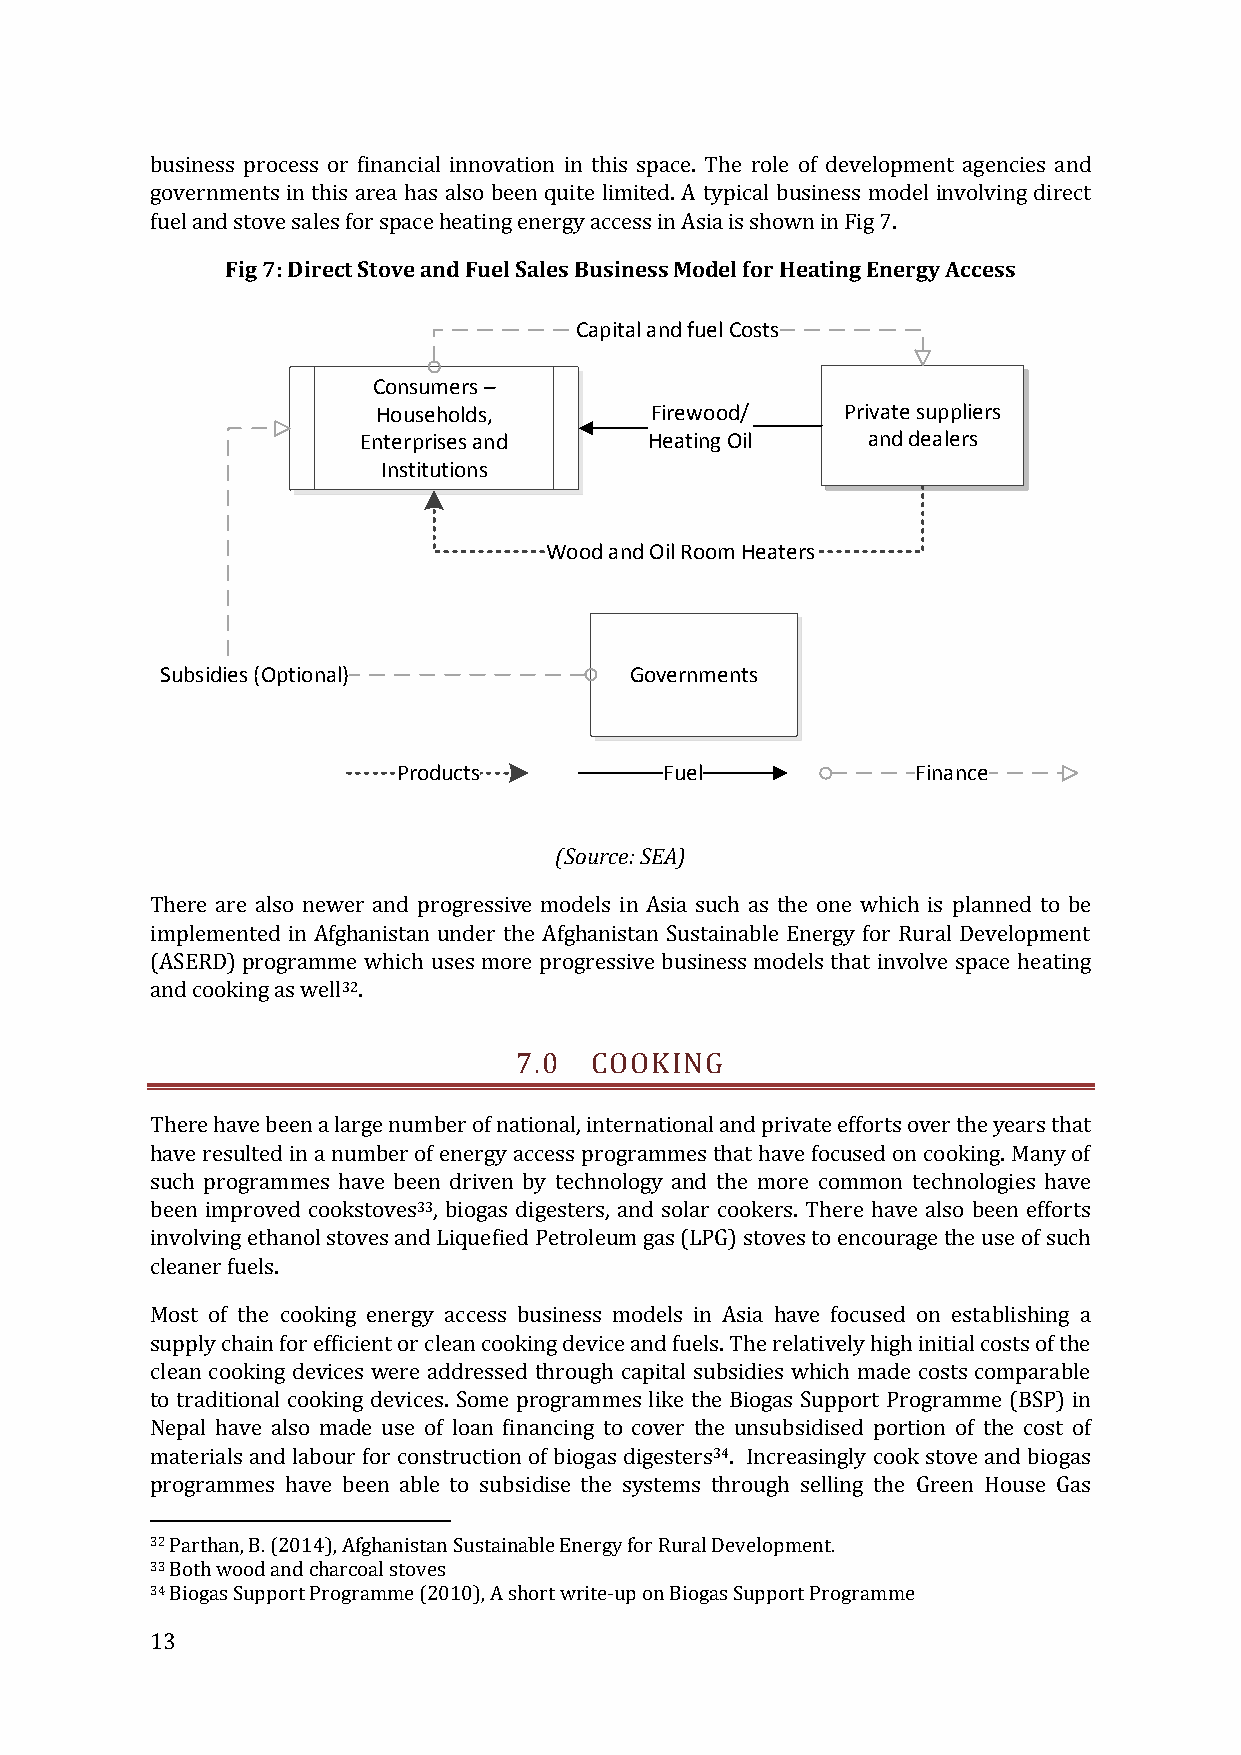
business process or financial innovation in this space. The role of development agencies and
 governments in this area has also been quite limited. A typical business model involving direct
 fuel and stove sales for space heating energy access in Asia is shown in Fig 7.
 Fig 7: Direct Stove and Fuel Sales Business Model for Heating Energy Access
 Capital and fuel Costs
 Consumers –
 Households,       Firewood/    Private suppliers
 Enterprises and    Heating Oil   and dealers
 Institutions
 Wood and Oil Room Heaters
 Subsidies (Optional)           Governments
 Products          Fuel             Finance
 (Source: SEA)
 There are also newer and progressive models in Asia such as the one which is planned to be
 implemented in Afghanistan under the Afghanistan Sustainable Energy for Rural Development
 (ASERD) programme which uses more progressive business models that involve space heating
 and cooking as well32.
 7.0  COOKING
 There have been a large number of national, international and private efforts over the years that
 have resulted in a number of energy access programmes that have focused on cooking. Many of
 such programmes have been driven by technology and the more common technologies have
 been improved cookstoves33, biogas digesters, and solar cookers. There have also been efforts
 involving ethanol stoves and Liquefied Petroleum gas (LPG) stoves to encourage the use of such
 cleaner fuels.
 Most of the cooking energy access business models in Asia have focused on establishing a
 supply chain for efficient or clean cooking device and fuels. The relatively high initial costs of the
 clean cooking devices were addressed through capital subsidies which made costs comparable
 to traditional cooking devices. Some programmes like the Biogas Support Programme (BSP) in
 Nepal have also made use of loan financing to cover the unsubsidised portion of the cost of
 materials and labour for construction of biogas digesters34. Increasingly cook stove and biogas
 programmes have been able to subsidise the systems through selling the Green House Gas
 32 Parthan, B. (2014), Afghanistan Sustainable Energy for Rural Development.
 33 Both wood and charcoal stoves
 34 Biogas Support Programme (2010), A short write-up on Biogas Support Programme
 13